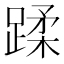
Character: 蹂